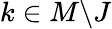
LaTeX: k\in M\backslash J